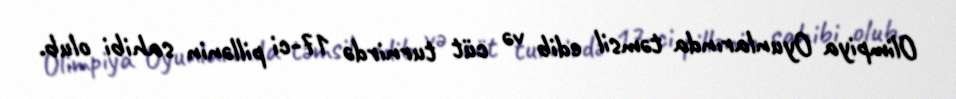
Olimpiya Oyunlarında təmsil edib və cüt turnirdə 17-ci pillənin sahibi olub.